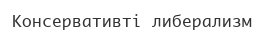
Консервативті либерализм